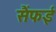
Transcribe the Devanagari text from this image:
सैंफई